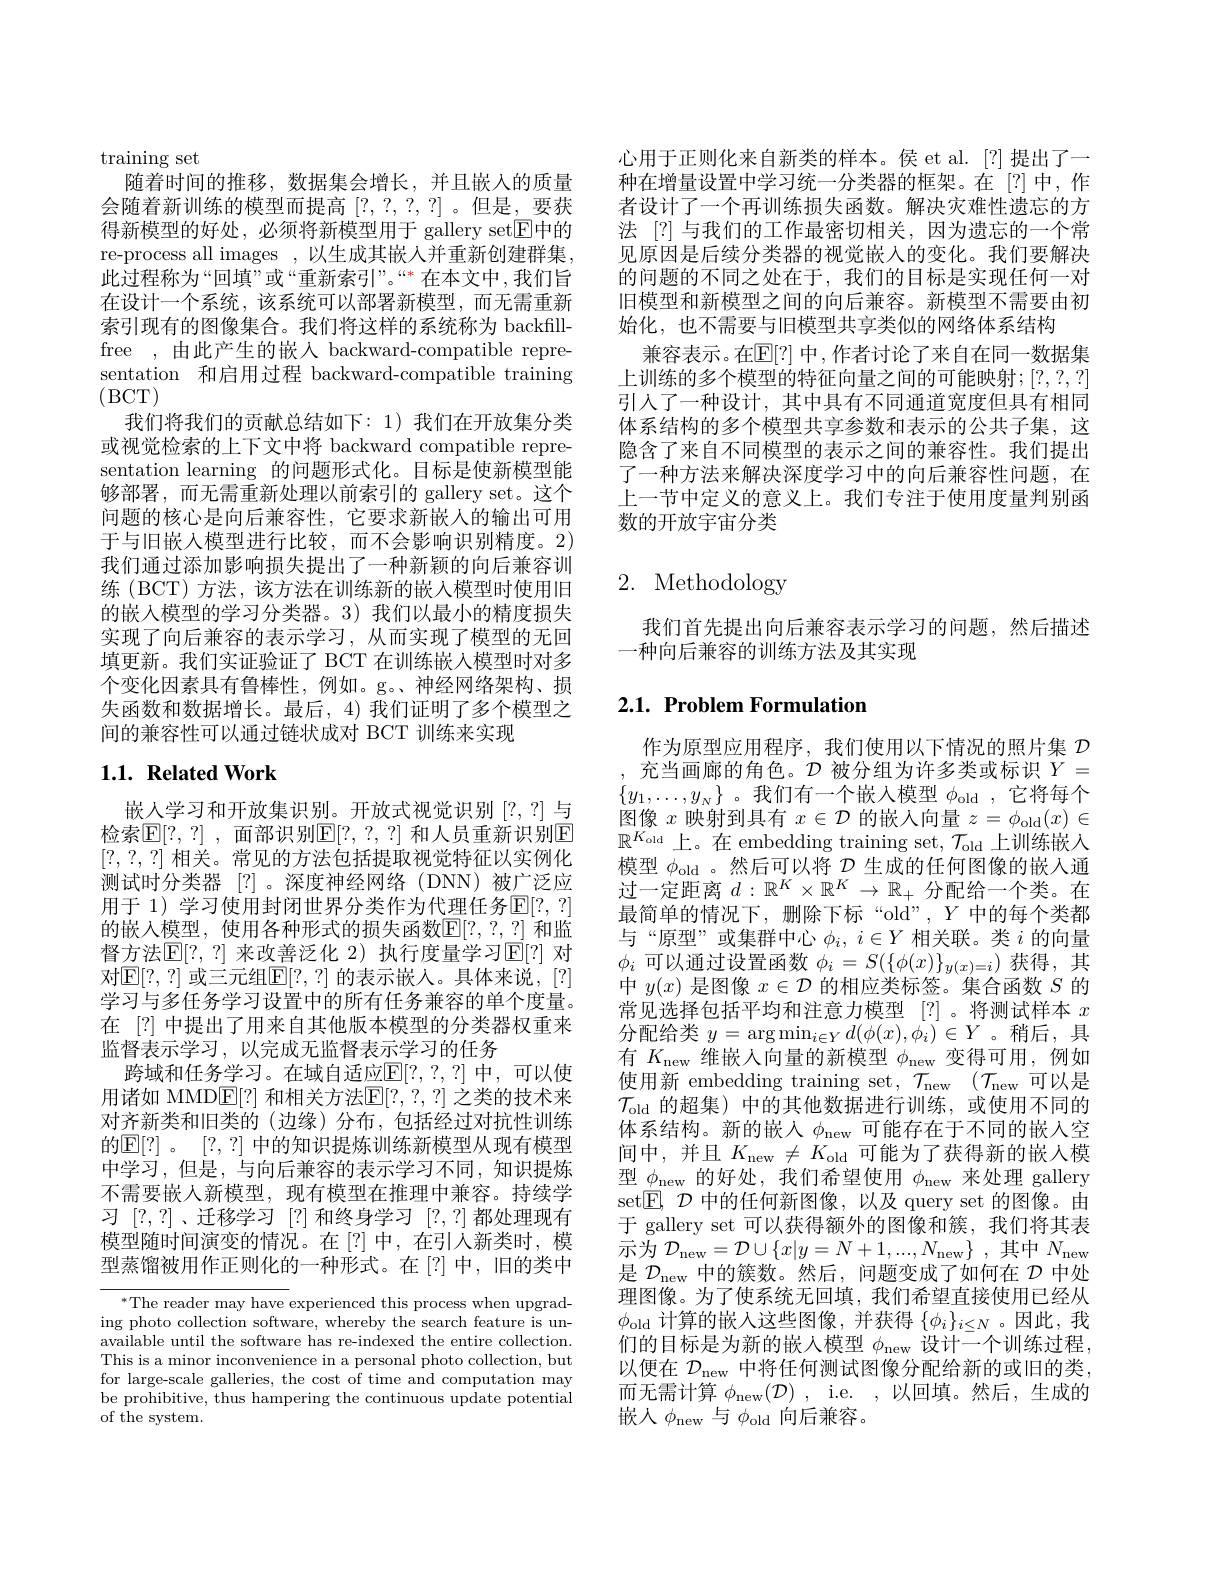
training set
随着时间的推移，数据集会增长，并且嵌入的质量会随着新训练的模型而提高[?,?,?,?]。但是，要获得新模型的好处，必须将新模型用于 gallery set$\overline{\mathrm{E}}$中的re-process all images ,以生成其嵌人并重新创建群集， 此过程称为“回填”或“重新索引”。““$\ast 在本文中 ,我们旨$ 在设计一个系统，该系统可以部署新模型，而无需重新索引现有的图像集合。我们将这样的系统称为 backfillfree ,由此产生的嵌入 backward-compatible representation 和启用过程 backward-compatible training (BCT)
我们将我们的贡献总结如下：1)我们在开放集分类或视觉检索的上下文中将 backward compatible representation learning 的问题形式化。目标是使新模型能够部署，而无需重新处理以前索引的 gallery set。这个问题的核心是向后兼容性，它要求新嵌人的输出可用于与旧嵌入模型进行比较，而不会影响识别精度。2) 我们通过添加影响损失提出了一种新颖的向后兼容训练 (BCT) 方法，该方法在训练新的嵌入模型时使用旧的嵌入模型的学习分类器。3) 我们以最小的精度损失实现了向后兼容的表示学习，从而实现了模型的无回填更新。我们实证验证了 BCT 在训练嵌入模型时对多个变化因素具有鲁棒性，例如。g。、神经网络架构、损失函数和数据增长。最后，4) 我们证明了多个模型之间的兼容性可以通过链状成对 BCT 训练来实现

# 1.1. Related Work

嵌人学习和开放集识别。开放式视觉识别[?,?]与检索$\mathbb{E} [ ? , ? ]$ , 面部识别$\mathbb{E}[?,?,?]$ 和人员重新识别$\mathbb{E}$ [?,?,?]相关。常见的方法包括提取视觉特征以实例化测试时分类器 [?]。深度神经网络(DNN)被广泛应用于 1) 学习使用封闭世界分类作为代理任务$\mathbb{E}[?,?]$ 的嵌入模型，使用各种形式的损失函数$\mathbb{E}[?,?,?]$ 和监督方法$\mathbb{E}[?,?]$ 来改善泛化 2) 执行度量学习$\mathbb{E}[?]$ 对对$\mathbb{E}[?,?]$ 或三元组$\mathbb{E}[?,?]$ 的表示嵌人。具体来说，[?] 学习与多任务学习设置中的所有任务兼容的单个度量。在 [?] 中提出了用来自其他版本模型的分类器权重来监督表示学习，以完成无监督表示学习的任务
跨域和任务学习。在域自适应$\mathbb{E}[?,?,?]$ 中，可以使用诸如 MMD$\mathbb{E}[?]$ 和相关方法$\mathbb{E}[?,?,?]$ 之类的技术来对齐新类和旧类的(边缘)分布，包括经过对抗性训练的$\mathbb{E}[?]$。[?,?] 中的知识提炼训练新模型从现有模型中学习，但是，与向后兼容的表示学习不同，知识提炼不需要嵌人新模型，现有模型在推理中兼容。持续学习[?,?]、迁移学习[?]和终身学习[?,?]都处理现有模型随时间演变的情况。在[?]中，在引人新类时，模型蒸馏被用作正则化的一种形式。在[?]中，旧的类中

$^*$The reader may have experienced this process when upgrading photo collection software, whereby the search feature is unavailable until the software has re-indexed the entire collection. This is a minor inconvenience in a personal photo collection, but for large-scale galleries, the cost of time and computation may be prohibitive, thus hampering the continuous update potential of the system.

心用于正则化来自新类的样本。侯 et al.[?]提出了一种在增量设置中学习统一分类器的框架。在[?]中，作者设计了一个再训练损失函数。解决灾难性遗忘的方法 [?]与我们的工作最密切相关，因为遗忘的一个常见原因是后续分类器的视觉嵌入的变化。我们要解决的问题的不同之处在于，我们的目标是实现任何一对旧模型和新模型之间的向后兼容。新模型不需要由初始化，也不需要与旧模型共享类似的网络体系结构
兼容表示。在$\mathbb{E}[?]$ 中，作者讨论了来自在同一数据集上训练的多个模型的特征向量之间的可能映射；[?,?,?] 引入了一种设计，其中具有不同通道宽度但具有相同体系结构的多个模型共享参数和表示的公共子集，这隐含了来自不同模型的表示之间的兼容性。我们提出了一种方法来解决深度学习中的向后兼容性问题，在上一节中定义的意义上。我们专注于使用度量判别函数的开放宇宙分类

# 2. Methodology

我们首先提出向后兼容表示学习的问题，然后描述
一种向后兼容的训练方法及其实现

# 2.1. Problem Formulation

作为原型应用程序，我们使用以下情况的照片集$\mathcal{D}$ 充当画廊的角色。$\mathcal{D}$被分组为许多类或标识$Y=$
$\{y_1,\ldots,y_N\}$ 。我们有一个嵌入模型$\phi_\mathrm{old}$ ,它将每个图像$x$映射到具有$x\in\mathcal{D}$的嵌入向量$z=\phi_\mathrm{old}(x)\in$ $\mathbb{R}^{K_{\mathrm{old}}}$上。在 embedding training set, $\mathcal{T}_\mathrm{old}$ 上训练嵌入模型$\phi_\mathrm{old}$ 。然后可以将$D$生成的任何图像的嵌入通过一定距离$d:\mathbb{R}^K\times\mathbb{R}^K\to\mathbb{R}_+$分配给一个类。在最简单的情况下，删除下标“old”,$Y$中的每个类都与“原型”或集群中心$\phi_i,i\in Y$相关联。类$i$的向量$\phi_i$可以通过设置函数$\phi_i=S(\{\phi(x)\}_y(x)=i)$获得，其中$y(x)$是图像$x\in\mathcal{D}$的相应类标签。集合函数$S$的常见选择包括平均和注意力模型[?] 。将测试样本$x$ 分配给类$y=\arg\min_{i\in Y}d(\phi(x),\phi_{i})\in Y$ 。稍后，具有$K_\mathrm{new}$维嵌入向量的新模型$\phi_\mathrm{new}$变得可用，例如使用新 embedding training set, $\mathcal{T} _\mathrm{new}$ $( \mathcal{T} _\mathrm{new}$可以是$\mathcal{T}_\mathrm{old}$的超集)中的其他数据进行训练，或使用不同的体系结构。新的嵌人$\phi_\mathrm{new}$可能存在于不同的嵌入空间中，并且$K_\mathrm{new}\neq K_\mathrm{old}$可能为了获得新的嵌人模型$\phi_\mathrm{new}$的好处，我们希望使用$\phi_\mathrm{new}$来处理 gallery set$\boxed{\mathbb{E}},\mathcal{D}$中的任何新图像，以及 query set 的图像。由于 gallery set 可以获得额外的图像和簇，我们将其表示 为 $\mathcal{D} _{\mathrm{new}}= \mathcal{D} \cup \{ x| y= N+ 1, . . . , N_{\mathrm{new}}\}$ ,其 中 $N_{\mathrm{new}}$ 示 为 $\mathcal{D} _{\mathrm{new}}= \mathcal{D} \cup \{ x| y= N+ 1, . . . , N_{\mathrm{new}}\}$ ,其 中 $N_{\mathrm{new}}$ 是$\mathcal{D}_\mathrm{new}$中的簇数。然后，问题变成了如何在$\mathcal{D}$中处理图像。为了使系统无回填，我们希望直接使用已经从$\phi_{\mathrm{old}}$计算的嵌人这些图像，并获得$\{\phi_i\}_i\leq N$ 。因此，我们的目标是为新的嵌人模型$\phi_\mathrm{new}$设计一个训练过程， 以便在$\mathcal{D}_\mathrm{new}$中将任何测试图像分配给新的或旧的类而无需计算$\phi _\mathrm{new}( \mathcal{D} ) $, i.e. ,以回填。然后，生成的嵌人$\phi_\mathrm{new}$与$\phi_\mathrm{old}$向后兼容。